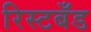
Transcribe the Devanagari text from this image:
रिस्टबँड